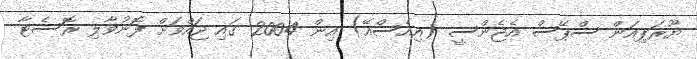
ޔޫރަޕިއަން ސްޕޭސް އެޖެންސީ (އިއެސްއޭ) އިން 2004 ގައި ޖައްވަށް ފޮނުވާލި ރޮސެޓާ